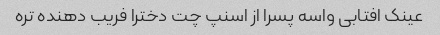
عینک افتابی واسه پسرا از اسنپ چت دخترا فریب دهنده تره